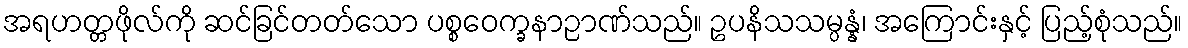
အရဟတ္တဖိုလ်ကို ဆင်ခြင်တတ်သော ပစ္စဝေက္ခနာဉာဏ်သည်။ ဥပနိသသမ္ပန္နံ၊ အကြောင်းနှင့် ပြည့်စုံသည်။